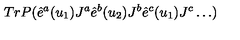
T r P ( \hat { e } ^ { a } ( u _ { 1 } ) J ^ { a } \hat { e } ^ { b } ( u _ { 2 } ) J ^ { b } \hat { e } ^ { c } ( u _ { 1 } ) J ^ { c } \dots )